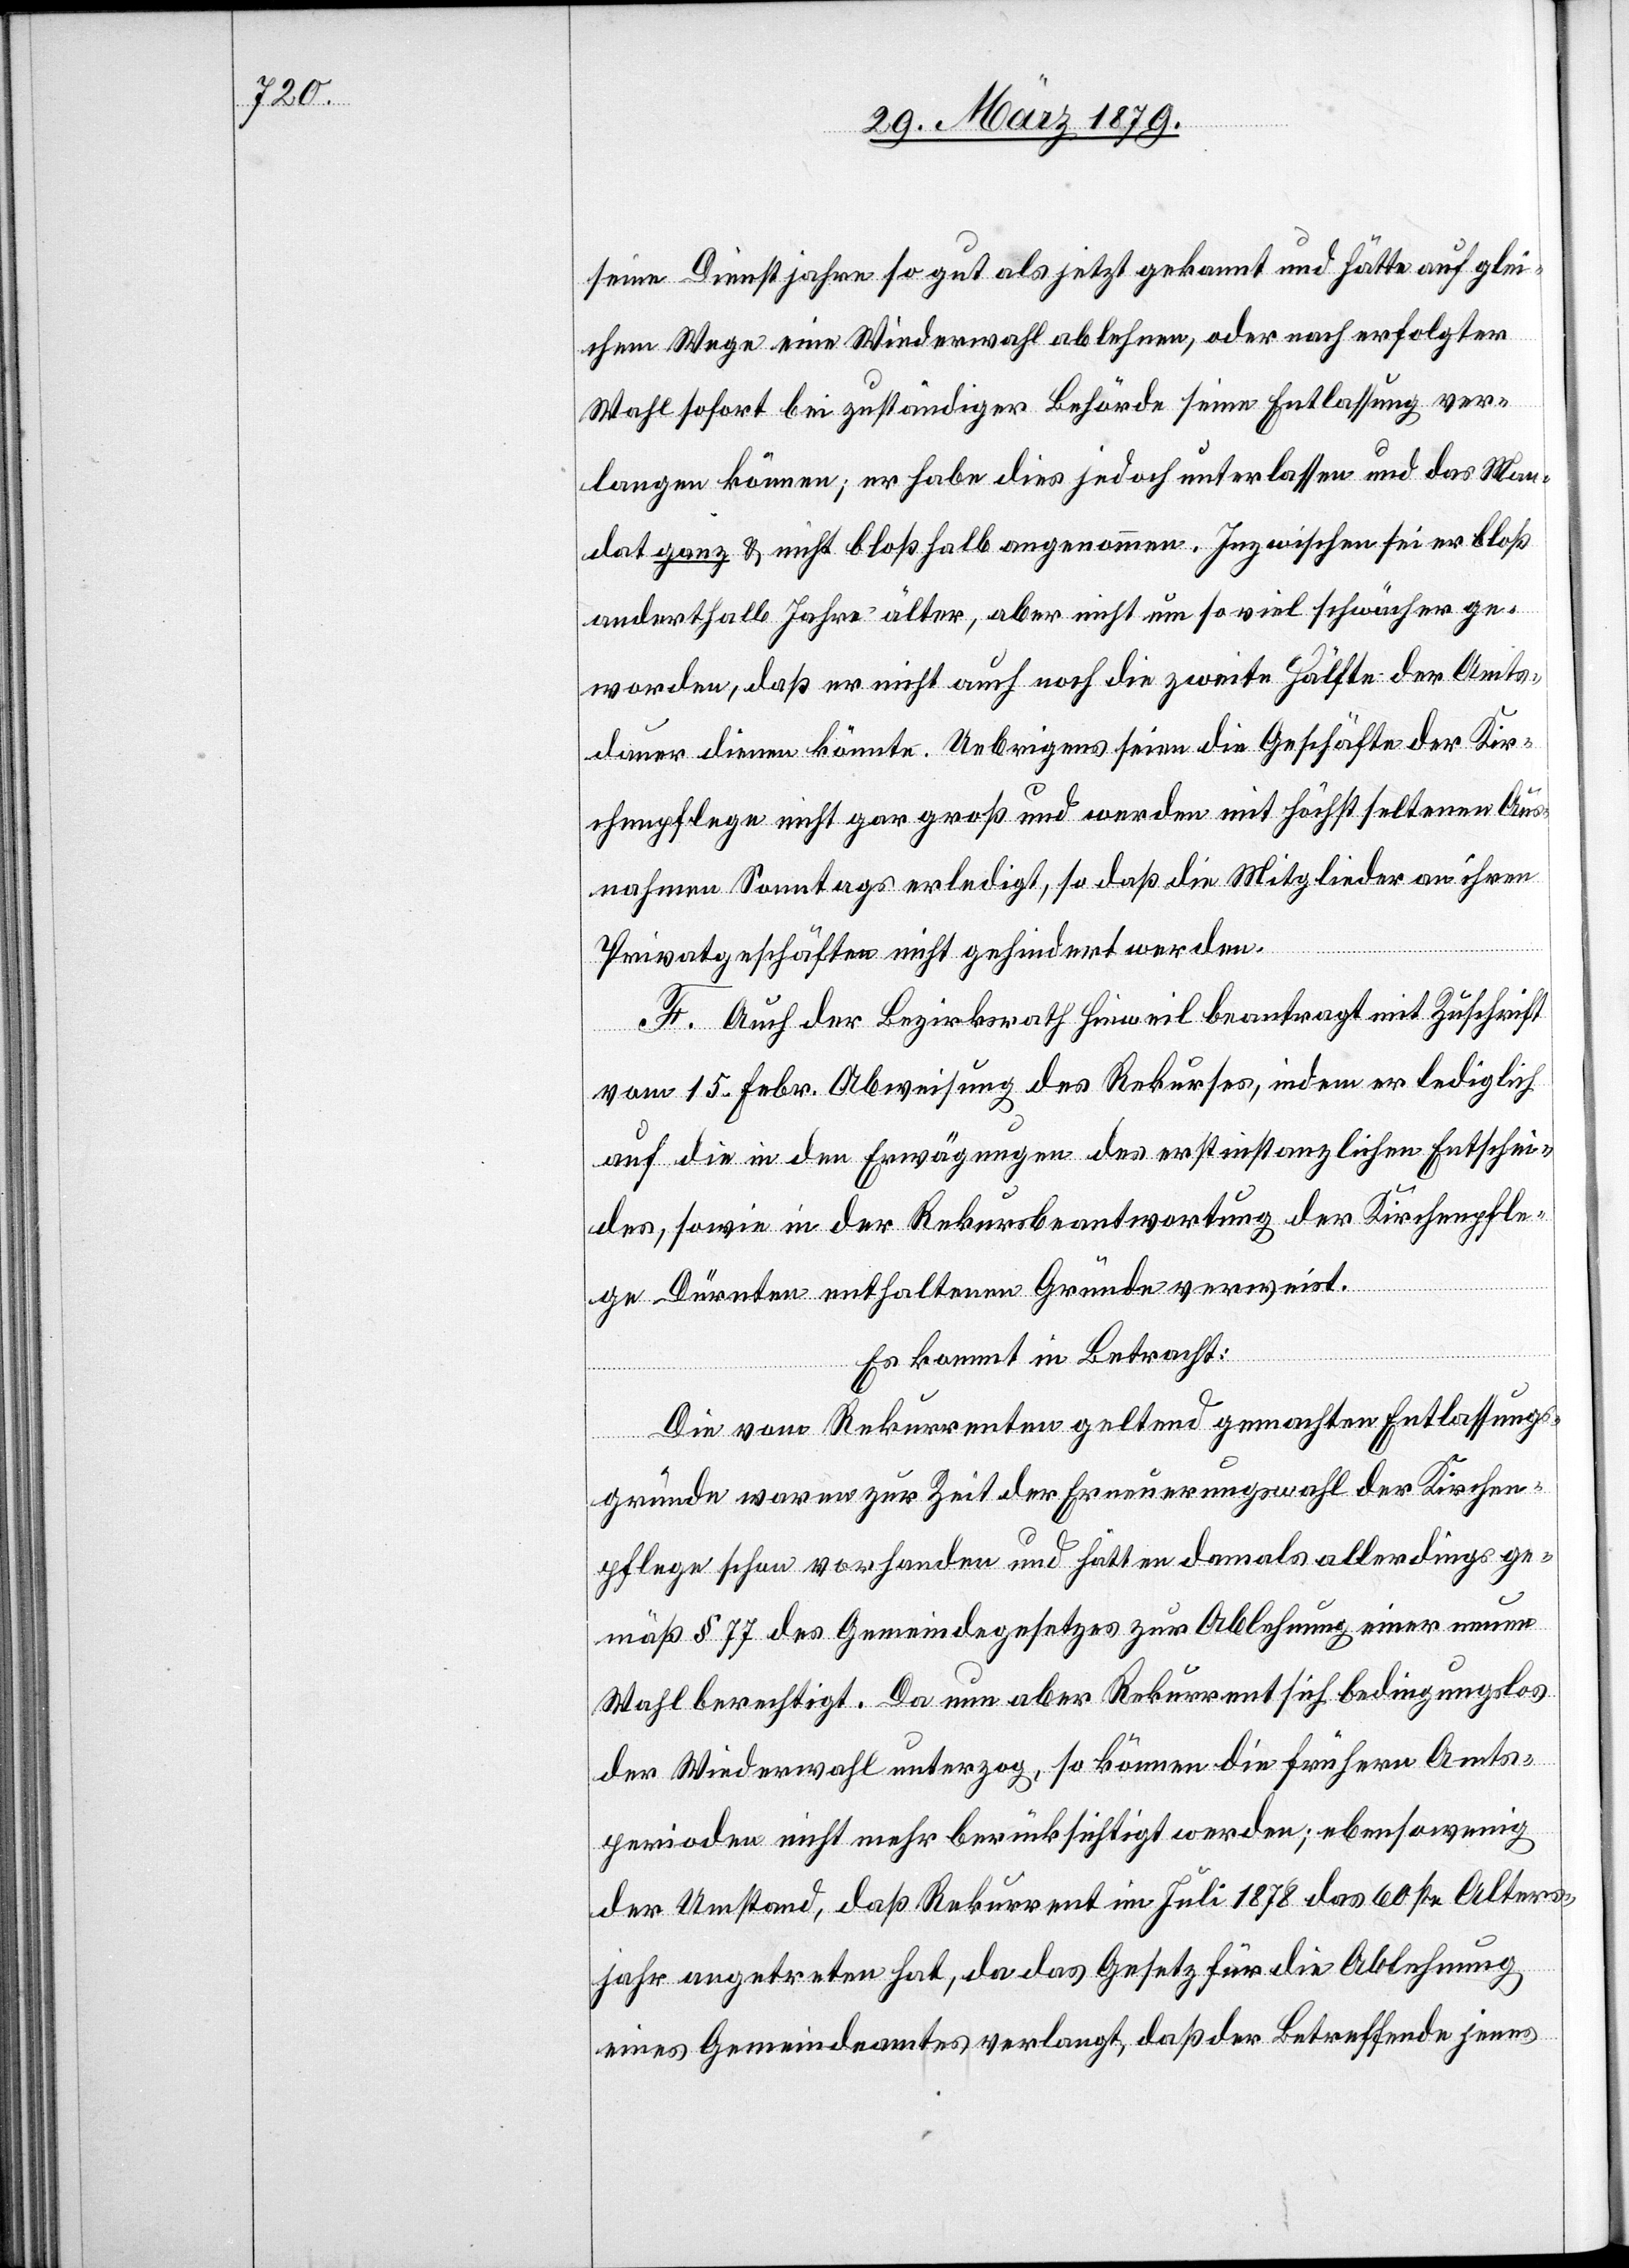
seine Dienstjahre so gut als jetzt gekannt und hätte auf glei¬
chem Wege eine Wiederwahl ablehnen, oder nach erfolgter
Wahl sofort bei zuständiger Behörde seine Entlassung ver¬
langen können; er habe dies jedoch unterlassen und das Man¬
dat ganz & nicht bloß halb angenommen. Inzwischen sei er bloß
anderthalb Jahre älter, aber nicht um so viel schwächer ge¬
worden, daß er nicht auch noch die zweite Hälfte der Amts¬
dauer dienen könnte. Uebrigens seien die Geschäfte der Kir¬
chenpflege nicht gar groß und werden mit höchst seltener Aus¬
nahme Sonntags erledigt, so daß die Mitglieder an ihren
Privatgeschäften nicht gehindert werden.
F. Auch der Bezirksrath Hinweil beantragt mit Zuschrif¬
t
vom 15. Febr. Abweisung des Rekurses, indem er lediglich
auf die in den Erwägungen des erstinstanzlichen Entschei¬
des, sowie in der Rekursbeantwortung der Kirchenpfle¬
ge Dürnten enthaltenen Gründe verweist.
Es kommt in Betracht:
Die vom Rekurrenten geltend gemachten Entlassungs¬
gründe waren zur Zeit der Erneuerungswahl der Kirchen¬
pflege schon vorhanden und hätten damals allerdings ge¬
mäß § 77 des Gemeindegesetzes zur Ablehnung einer neuen
Wahl berechtigt. Da nun aber Rekurrent sich bedingungslos
der Wiederwahl unterzog, so können die frühern Amts¬
perioden nicht mehr berücksichtigt werden; ebensowenig
der Umstand, daß Rekurrent im Juli 1878 das 60ste Alters¬
jahr angetreten hat, da das Gesetz für die Ablehnung
eines Gemeindeamtes verlangt, daß der Betreffende jenes